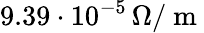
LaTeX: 9.39\cdot 10^{-5}\, \Omega/\mathrm{~m~}